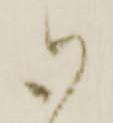
御